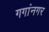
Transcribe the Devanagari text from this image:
गगांनगर